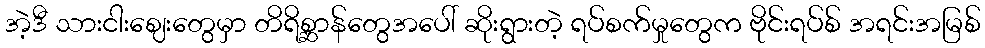
အဲ့ဒီ သားငါးဈေးတွေမှာ တိရိစ္ဆာန်တွေအပေါ် ဆိုးရွားတဲ့ ရပ်စက်မှုတွေက ဗိုင်းရပ်စ် အရင်းအမြစ်